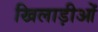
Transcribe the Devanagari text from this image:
खिलाड़ीओं